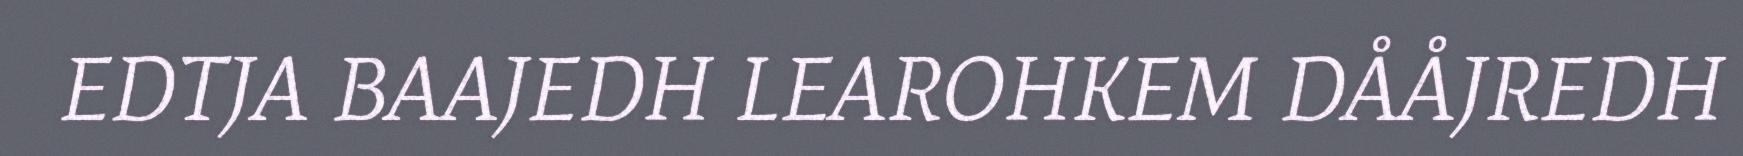
EDTJA BAAJEDH LEAROHKEM DÅÅJREDH